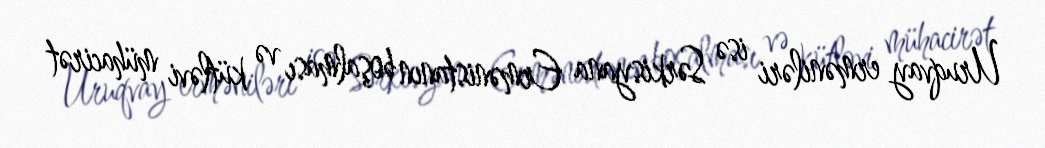
Uruqvay erməniləri isə Sərkisyana Ermənistanın boşalması və kütləvi mühacirət